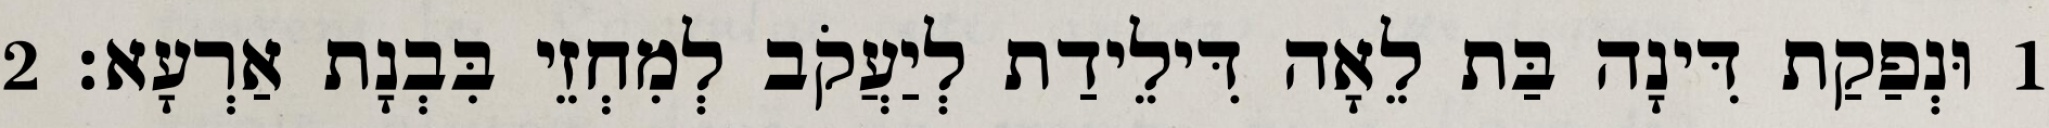
1 וּנְפַקַת דִּינָה בַּת לֵאָה דִּילֵידַת לְיַעֲקֹב לְמִחְזֵי בִּבְנָת אַרְעָא׃ 2